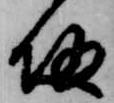
帰